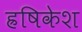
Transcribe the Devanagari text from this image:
ह्रषिकेश